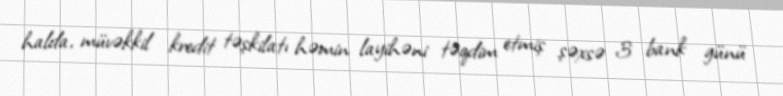
halda, müvəkkil kredit təşkilatı həmin layihəni təqdim etmiş şəxsə 3 bank günü